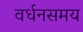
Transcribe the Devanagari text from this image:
वर्धनसमय